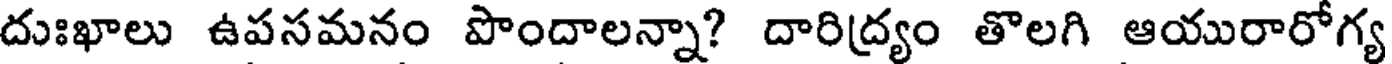
దుఃఖాలు ఉపసమనం పొందాలన్నా? దారిద్ర్యం తొలగి ఆయురారోగ్య